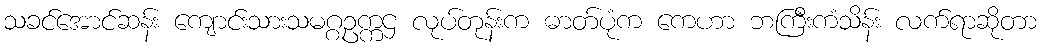
သခင်အောင်ဆန်း ကျောင်းသားသမဂ္ဂဥက္ကဌ လုပ်တုန်းက ဓာတ်ပုံက ကေဟာ ဘကြီးကံသိန်း လက်ရာဆိုတာ